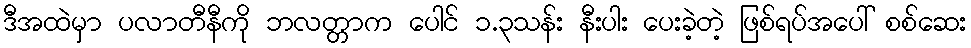
ဒီအထဲမှာ ပလာတီနီကို ဘလတ္တာက ပေါင် ၁.၃သန်း နီးပါး ပေးခဲ့တဲ့ ဖြစ်ရပ်အပေါ် စစ်ဆေး